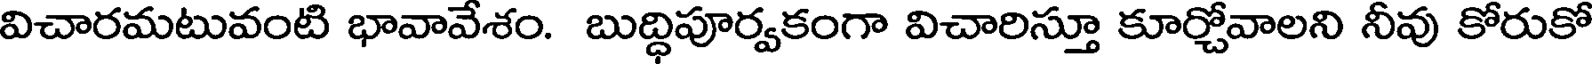
విచారమటువంటి భావావేశం. బుద్ధిపూర్వకంగా విచారిస్తూ కూర్చోవాలని నీవు కోరుకో